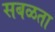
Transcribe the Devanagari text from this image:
सबळता